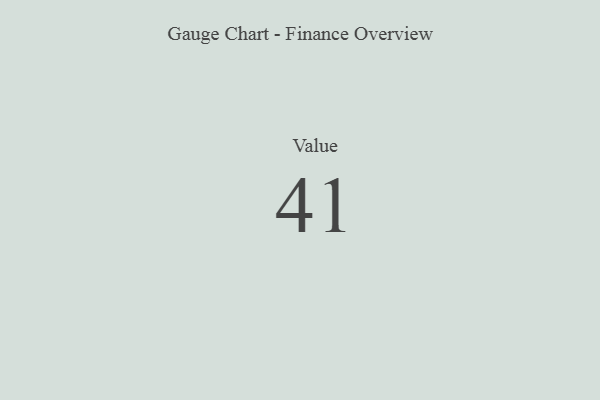
{"axis": {"x": "Metric", "y": "Value"}, "legend": [""], "data": [{"x": "Value", "y": 41, "type": ""}]}